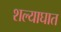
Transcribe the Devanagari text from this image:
शल्याघात